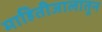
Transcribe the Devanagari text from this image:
माहितीजालातून